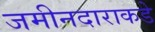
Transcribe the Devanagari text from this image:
जमीनदाराकडे